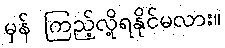
မှန် ကြည့်လို့ရနိုင်မလား။